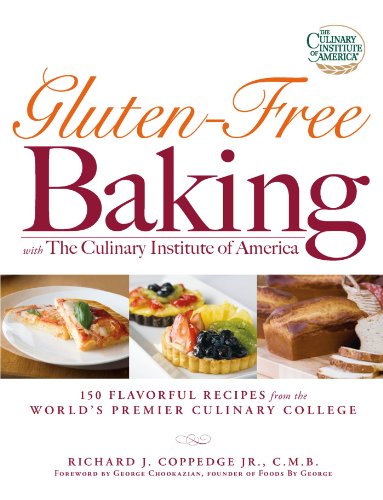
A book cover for Gluten-Free Baking with The Culinary Institute of America: 150 Flavorful Recipes from the World's Premier Culinary College; Richard J. Coppedge Jr.; Cookbooks, Food & Wine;